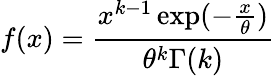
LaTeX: f(x)={\frac{x^{k-1}\exp(-{\frac{x}{\theta}})}{\theta^{k}\Gamma(k)}}